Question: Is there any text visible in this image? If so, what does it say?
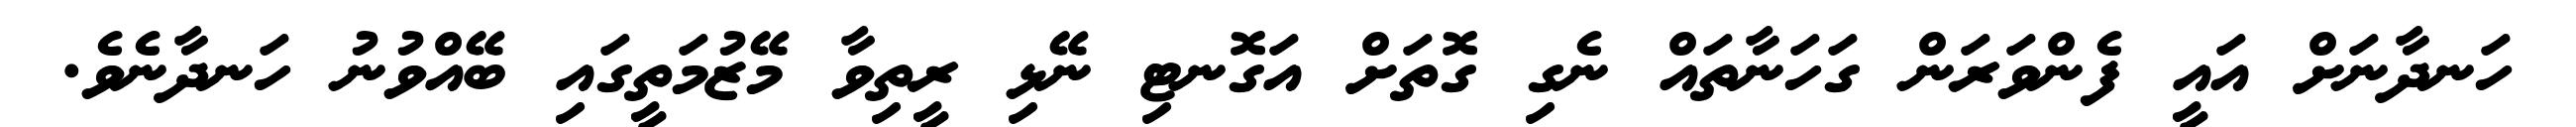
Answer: ހަނދާނަށް އައީ ފެންވަރަން ގަހަނާތައް ނެގި ގޮތަށް އަގޮނޓި ނޭޅި ރީތިވާ މޭޒުމަތީގައި ބޭއްވުނު ހަނދާނެވެ.